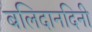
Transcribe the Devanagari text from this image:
बलिदानदिनी